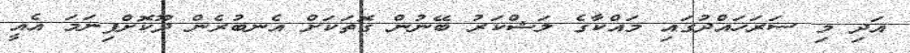
އަދި މި ސަރަހައްދުގައި މައްކާގެ ލަޝްކަރު ބޭނުން ގޮތަކަށް އެނބުރެން ދޫކޮށްފިނަމަ އެއީ